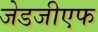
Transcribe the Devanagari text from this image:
जेडजीएफ